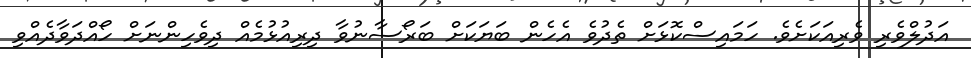
އަދުލްވެރި ވެރިއަކަށެވެ. ހަމައިސްކޮޅަށް ތެދުވެ އެހެން ބަޔަކަށް ބަރޯސާނުވާ ދިރިއުޅުމެއް ދިވެހިންނަށް ހޯއްދަވާދެއްވި